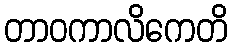
တာဝကာလိကေတိ